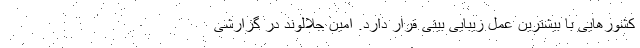
کشورهایی با بیشترین عمل زیبایی بینی قرار دارد. امین جلالوند در گزارشی